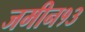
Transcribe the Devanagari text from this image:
जमीन१३